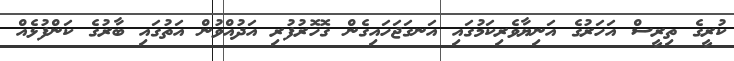
ކުރީގެ ތިރީސް އަހަރުގެ އަނިޔާވެރިކަމުގައި އަނގަޖަހައިގެން ގޮހޮރުފުރި އަދުއްވުން އަތުގައި ބާރުގެ ކަންފުޅެއް